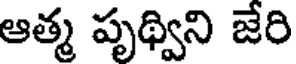
ఆత్మ పృథ్విని జేరి